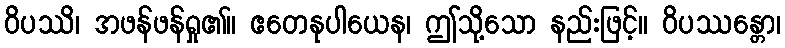
ဝိပဿိ၊ အဖန်ဖန်ရှု၏။ ဧတေနုပါယေန၊ ဤသို့သော နည်းဖြင့်။ ဝိပဿန္တော၊